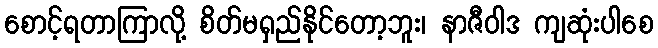
စောင့်ရတာကြာလို့ စိတ်မရှည်နိုင်တော့ဘူး၊ နာဇီဝါဒ ကျဆုံးပါစေ